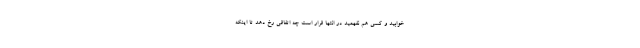
خوابید و کسی هم نفهمید در انتها قرار است چه اتفاقی رخ دهد تا اینکه